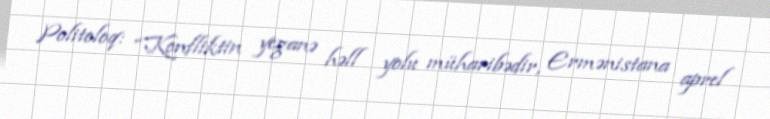
Politoloq: “Konfliktin yeganə həll yolu müharibədir, Ermənistana aprel